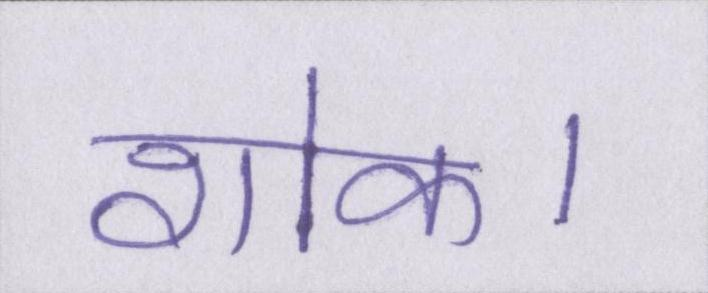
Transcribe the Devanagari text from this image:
शोक।